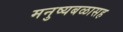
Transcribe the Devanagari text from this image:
मनुष्यबळासह